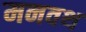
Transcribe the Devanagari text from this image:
मनवथ